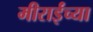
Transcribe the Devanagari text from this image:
मीराईंच्या